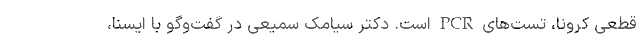
قطعی کرونا، تست‌های PCR است. دکتر سیامک سمیعی در گفت‌وگو با ایسنا،